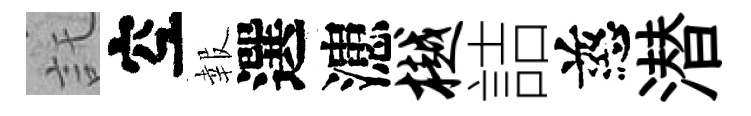
託空報選漶樾詰慈潜